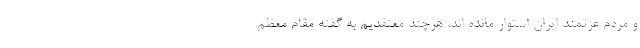
و مردم عزتمند ایران استوار مانده اند، هرچند معتقدیم به گفته مقام معظم